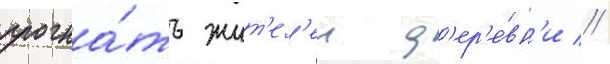
прогна́ть жит'ел'еи д'ер'е́вн'и //